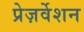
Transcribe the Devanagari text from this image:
प्रेज़र्वेशन